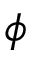
\protect \phi